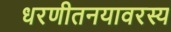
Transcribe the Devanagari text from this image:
धरणीतनयावरस्य